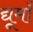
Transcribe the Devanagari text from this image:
द्यूमाँ